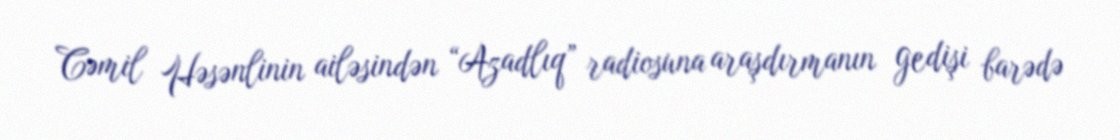
Cəmil Həsənlinin ailəsindən “Azadlıq” radiosuna araşdırmanın gedişi barədə